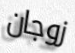
زوجان